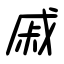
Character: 戚